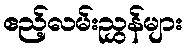
ဧည့်လမ်းညွှန်များ